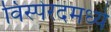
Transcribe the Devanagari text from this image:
विस्पेरदमध्ये